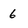
Character: 6